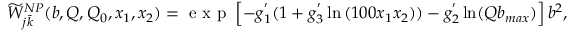
\widetilde { W } _ { j \bar { k } } ^ { N P } ( b , Q , Q _ { 0 } , x _ { 1 } , x _ { 2 } ) = { \textrm { e x p } } \left[ - g _ { 1 } ^ { ' } ( 1 + g _ { 3 } ^ { ' } \ln { ( 1 0 0 x _ { 1 } x _ { 2 } ) } ) - g _ { 2 } ^ { ' } \ln ( Q b _ { m a x } ) \right] b ^ { 2 } ,